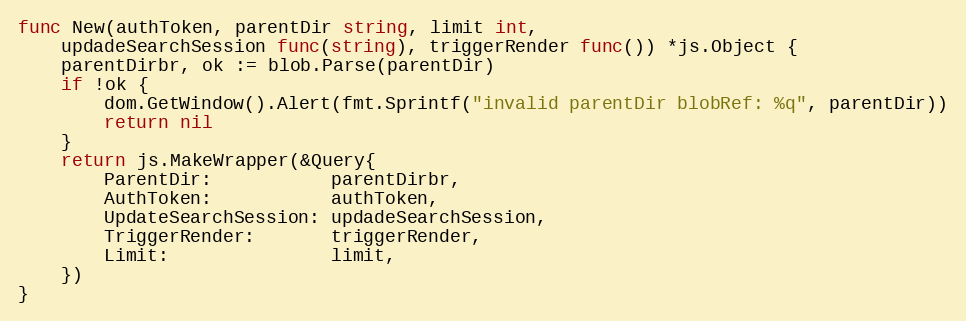
Language: Go
func New(authToken, parentDir string, limit int,
	updadeSearchSession func(string), triggerRender func()) *js.Object {
	parentDirbr, ok := blob.Parse(parentDir)
	if !ok {
		dom.GetWindow().Alert(fmt.Sprintf("invalid parentDir blobRef: %q", parentDir))
		return nil
	}
	return js.MakeWrapper(&Query{
		ParentDir:           parentDirbr,
		AuthToken:           authToken,
		UpdateSearchSession: updadeSearchSession,
		TriggerRender:       triggerRender,
		Limit:               limit,
	})
}